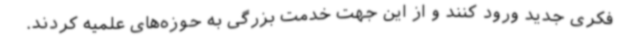
فکری جدید ورود کنند و از این جهت خدمت بزرگی به حوزه‌های علمیه کردند.